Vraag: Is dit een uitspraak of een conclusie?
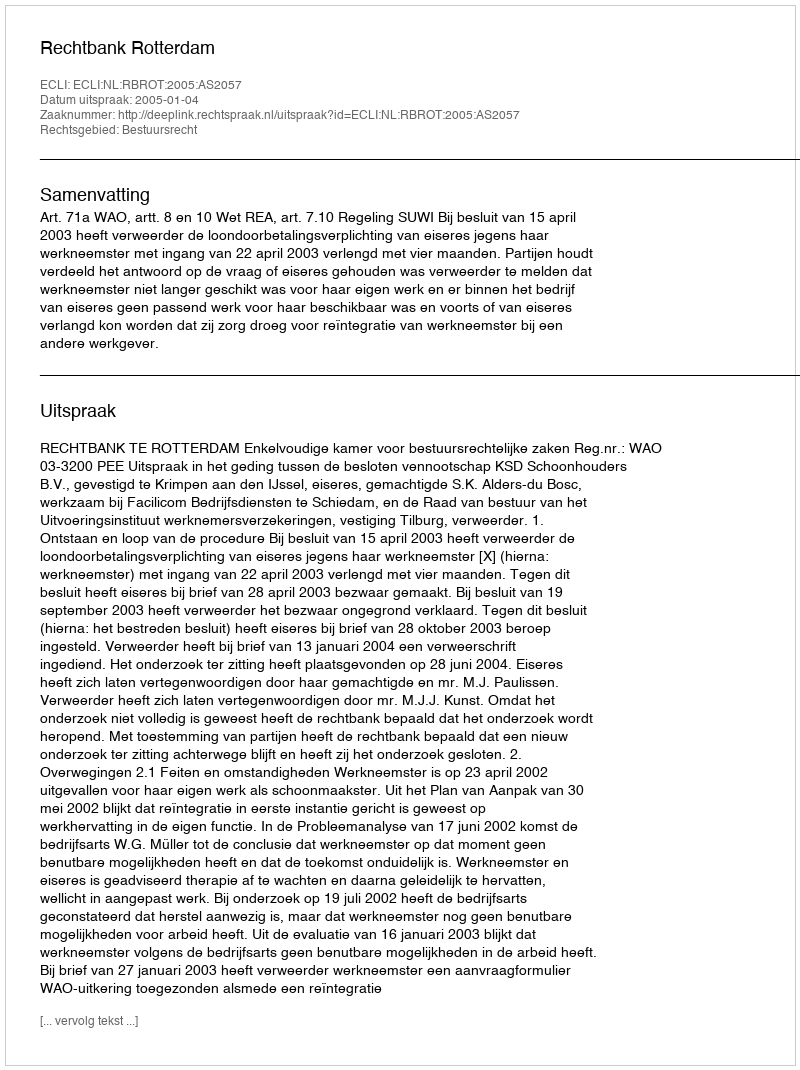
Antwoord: Uitspraak